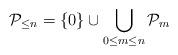
LaTeX: \begin{align*} \mathcal P_{\leq n} = \{0\} \cup \bigcup _{0\leq m\leq n}\mathcal P_m\end{align*}